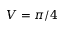
V = \pi / 4